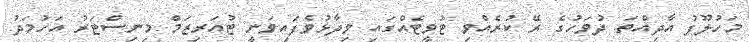
މަހުލޫފު އާދިއްތަ ދުވަހުގެ ރޭ ކުރެއްވި ޓުވީޓެއްގަައި ވިދާޅުވެފައިވަނީ ޓުއަރިޒަމް މިނިސްޓަރު އަހުމަދު